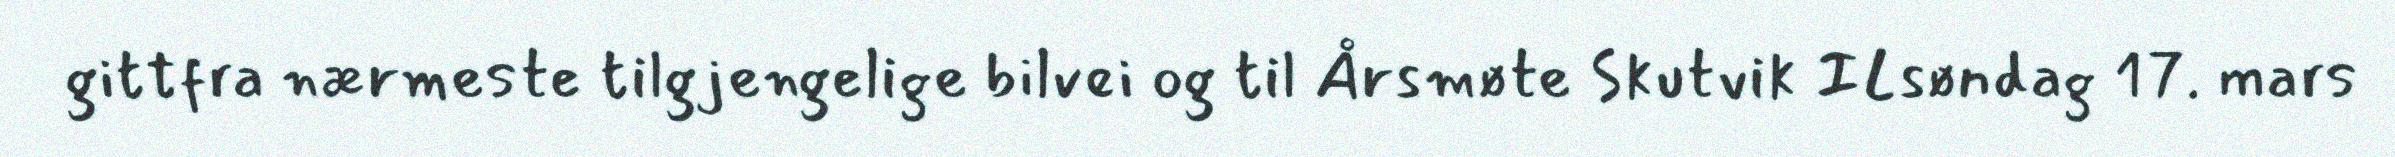
gittfra nærmeste tilgjengelige bilvei og til Årsmøte Skutvik ILsøndag 17. mars